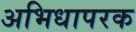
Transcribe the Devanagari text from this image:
अभिधापरक